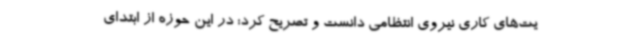
یت‌های کاری نیروی انتظامی دانست و تصریح کرد: در این حوزه از ابتدای